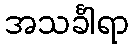
အသင်္ခါရာ